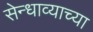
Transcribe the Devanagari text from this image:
सेन्धाव्याच्या